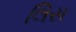
લિસ